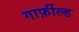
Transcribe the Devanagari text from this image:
गार्फ़ील्ड